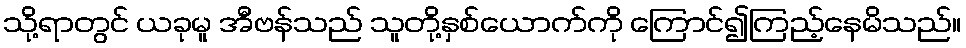
သို့ရာတွင် ယခုမူ အီဗန်သည် သူတို့နှစ်ယောက်ကို ကြောင်၍ကြည့်နေမိသည်။